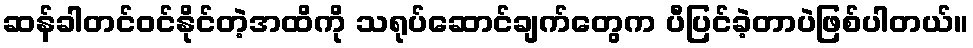
ဆန်ခါတင်ဝင်နိုင်တဲ့အထိကို သရုပ်ဆောင်ချက်တွေက ပီပြင်ခဲ့တာပဲဖြစ်ပါတယ်။